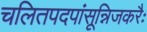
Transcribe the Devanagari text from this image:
चलितपदपांसून्निजकरैः